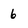
Character: 6